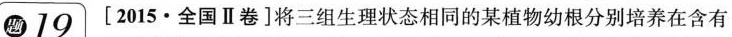
题 19 [2015 · 全国Ⅱ卷]将三组生理状态相同的某植物幼根分别培养在含有